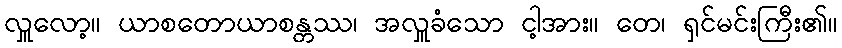
လှူလော့။ ယာစတောယာစန္တဿ၊ အလှူခံသော ငါ့အား။ တေ၊ ရှင်မင်းကြီး၏။